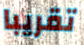
تقريبا